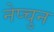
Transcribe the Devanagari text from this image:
नेप्चुन